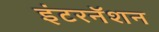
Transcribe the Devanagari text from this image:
इंटरनॅशन